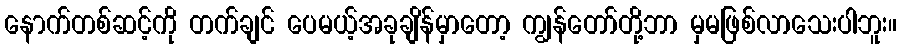
နောက်တစ်ဆင့်ကို တက်ချင် ပေမယ့်အခုချိန်မှာတော့ ကျွန်တော်တို့ဘာ မှမဖြစ်လာသေးပါဘူး။